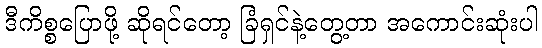
ဒီကိစ္စပြောဖို့ ဆိုရင်တော့ ခြံရှင်နဲ့တွေ့တာ အကောင်းဆုံးပါ